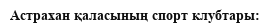
Астрахан қаласының спорт клубтары: